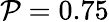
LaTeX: \mathcal{P}=0.75